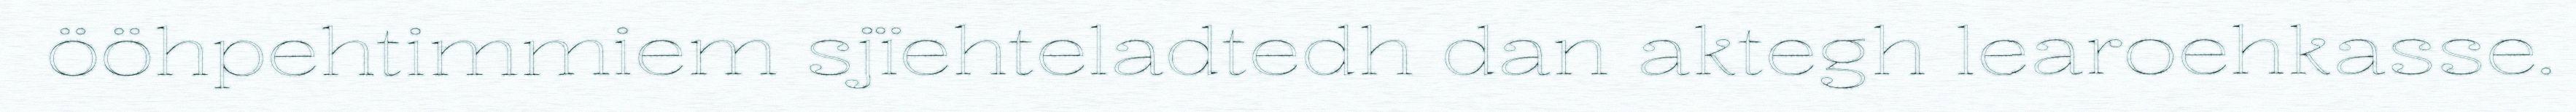
ööhpehtimmiem sjïehteladtedh dan aktegh learoehkasse.